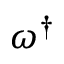
\omega ^ { \dagger }